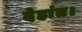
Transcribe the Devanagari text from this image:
देहांत।